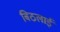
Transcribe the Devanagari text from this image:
बिठलाईं